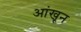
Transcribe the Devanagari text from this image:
आंखून